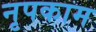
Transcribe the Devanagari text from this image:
नृपकाम